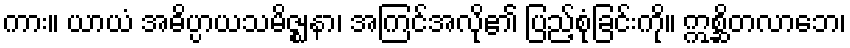
ကား။ ယာယံ အဓိပ္ပာယသမိဇ္ဈနာ၊ အကြင်အလို၏ ပြည့်စုံခြင်းကို။ ဣစ္ဆိတလာဘေ၊